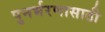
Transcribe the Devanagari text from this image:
पुनर्भरणासाठी